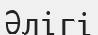
Әлігі